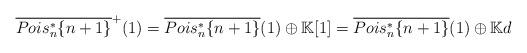
LaTeX: \begin{align*}\overline{Pois_n^*\{n+1\}}^+(1)=\overline{Pois_n^*\{n+1\}}(1)\oplus \mathbb{K}[1]=\overline{Pois_n^*\{n+1\}}(1)\oplus \mathbb{K}d\end{align*}